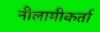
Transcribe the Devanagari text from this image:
नीलामीकर्ता